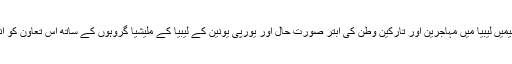
اقوام متحدہ اور انسانی حقوق کے لیے سرگرم تنظیمیں لیبیا میں مہاجرین اور تارکین وطن کی ابتر صورت حال اور یورپی یونین کے لیبیا کے ملیشیا گروہوں کے ساتھ اس تعاون کو انسانی حقوق کی خلاف ورزی قرار دے رہے ہیں۔